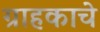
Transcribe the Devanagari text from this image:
ग्राहकाचे